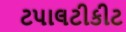
ટપાલટીકીટ